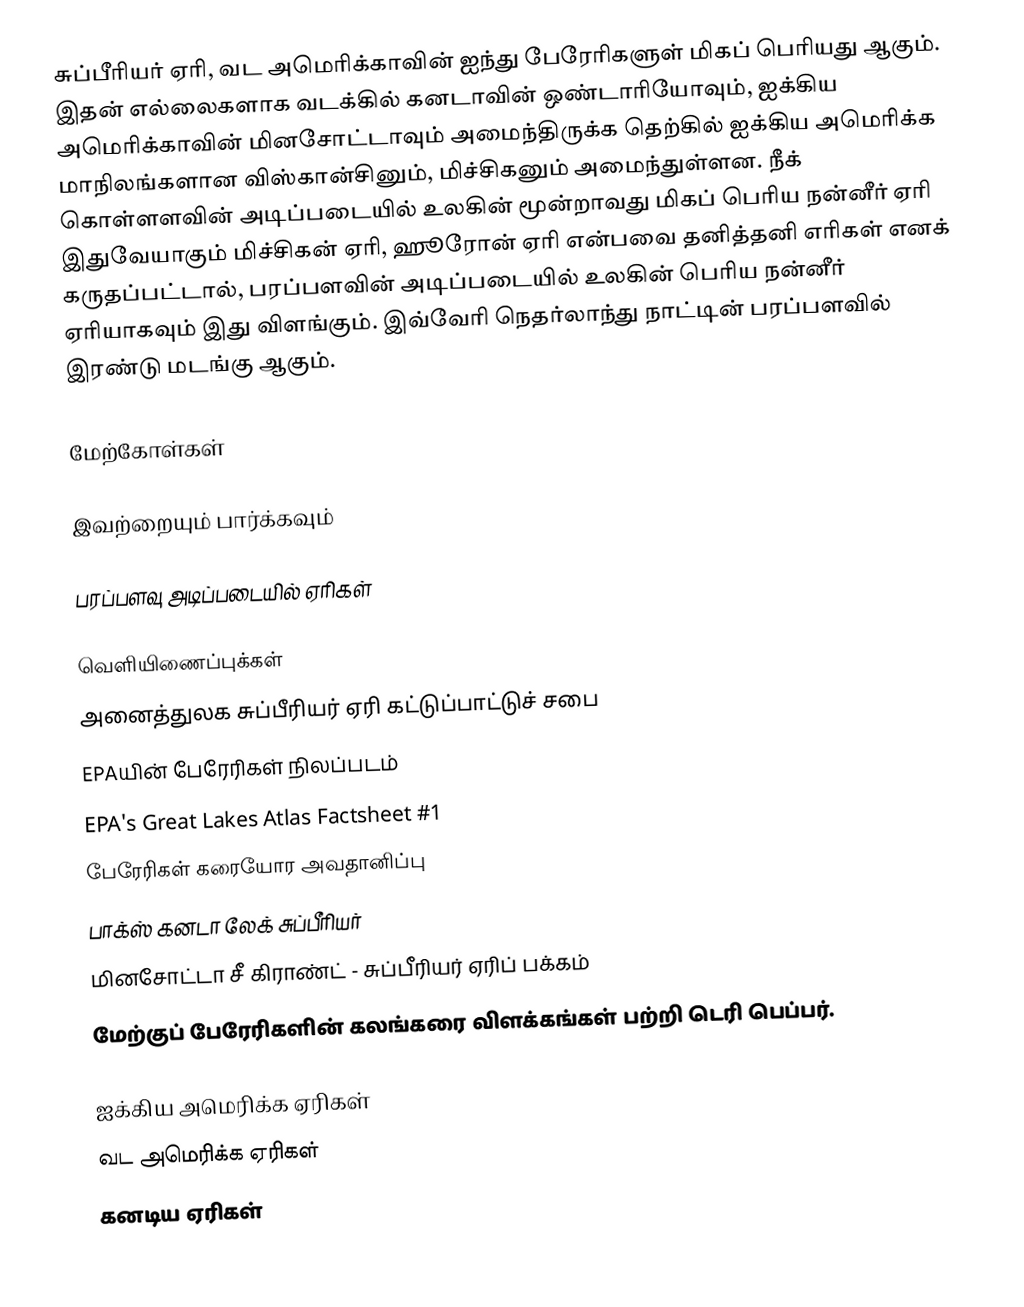
சுப்பீரியர் ஏரி, வட அமெரிக்காவின் ஐந்து பேரேரிகளுள் மிகப் பெரியது ஆகும். இதன் எல்லைகளாக வடக்கில் கனடாவின் ஒண்டாரியோவும், ஐக்கிய அமெரிக்காவின் மினசோட்டாவும் அமைந்திருக்க தெற்கில் ஐக்கிய அமெரிக்க மாநிலங்களான விஸ்கான்சினும், மிச்சிகனும் அமைந்துள்ளன. நீக் கொள்ளளவின் அடிப்படையில் உலகின் மூன்றாவது மிகப் பெரிய நன்னீர் ஏரி இதுவேயாகும் மிச்சிகன் ஏரி, ஹூரோன் ஏரி என்பவை தனித்தனி எரிகள் எனக் கருதப்பட்டால், பரப்பளவின் அடிப்படையில் உலகின் பெரிய நன்னீர் ஏரியாகவும் இது விளங்கும். இவ்வேரி நெதர்லாந்து நாட்டின் பரப்பளவில் இரண்டு மடங்கு ஆகும்.

மேற்கோள்கள்

இவற்றையும் பார்க்கவும்

 பரப்பளவு அடிப்படையில் ஏரிகள்

வெளியிணைப்புக்கள்
 அனைத்துலக சுப்பீரியர் ஏரி கட்டுப்பாட்டுச் சபை
 EPAயின் பேரேரிகள் நிலப்படம்
 EPA's Great Lakes Atlas Factsheet #1
 பேரேரிகள் கரையோர அவதானிப்பு
 பாக்ஸ் கனடா லேக் சுப்பீரியர்
 மினசோட்டா சீ கிராண்ட் - சுப்பீரியர் ஏரிப் பக்கம்
 மேற்குப் பேரேரிகளின் கலங்கரை விளக்கங்கள் பற்றி டெரி பெப்பர்.

ஐக்கிய அமெரிக்க ஏரிகள்
வட அமெரிக்க ஏரிகள்
கனடிய ஏரிகள்